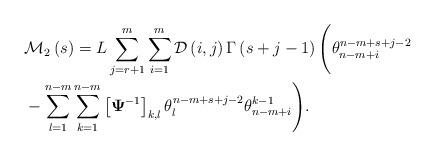
LaTeX: \begin{align*}&\mathcal{M}_2\left(s\right)=L\sum_{j=r+1}^{m}\sum_{i=1}^{m}\mathcal{D}\left(i,j\right)\Gamma\left(s+j-1\right)\Biggl( \theta_{n-m+i}^{n-m+s+j-2} \\& -\sum_{l=1}^{n-m}\sum_{k=1}^{n-m}\left[\mathbf{\Psi}^{-1}\right]_{k,l}\theta_{l}^{n-m+s+j-2}\theta_{n-m+i}^{k-1}\Biggr).\end{align*}